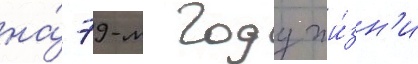
на́ 79-м году жи́зн'и